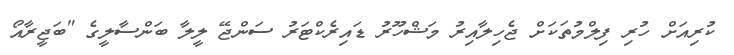
ކުރިއަށް ހުރި ފިލްމުތަކަށް ޖެހިލާއިރު މަޝްހޫރު ޑައިރެކްޓަރު ސަންޖޭ ލީލާ ބަންސާލީގެ "ބަޖީރާއޯ